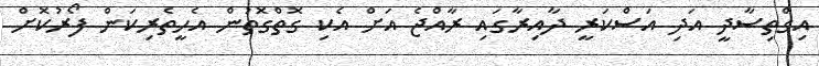
އިގްތިސާދީ އަދި އަސްކަރީ ދާއިރާގައި ރާއްޖެ އަށް އެކި ގޮތްގޮތުން އެހީތެރިކަން ފޯރުކޮށް